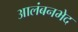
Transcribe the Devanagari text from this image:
आलंबनभेद